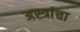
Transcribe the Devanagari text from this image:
अस्त्रांचा